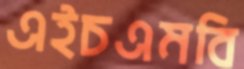
এইচএমবি